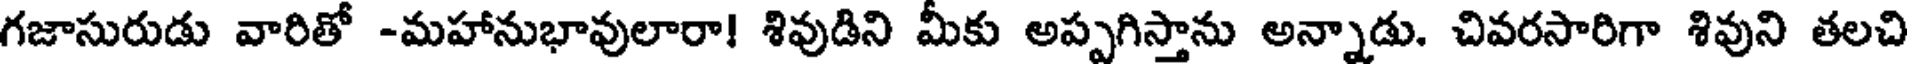
గజాసురుడు వారితో -మహానుభావులారా! శివుడిని మీకు అప్పగిస్తాను అన్నాడు. చివరసారిగా శివుని తలచి